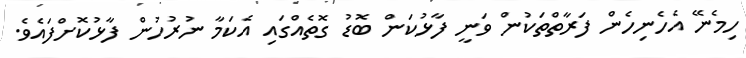
ހިމެނޭ އެހެނިހެން ފަރާތްތަކުން ވަނީ ފާޅުކަން ބޮޑު ގޮތެއްގައި އެކަމާ ނުރުހުން ފާޅުކޮށްފައެވެ.